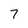
Character: 7